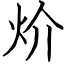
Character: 炌